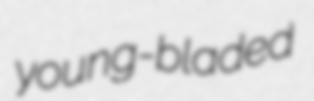
young-bladed